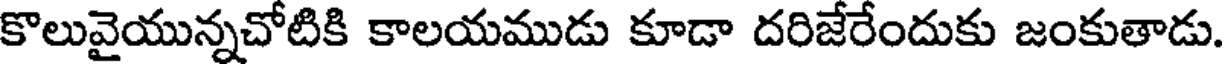
కొలువైయున్నచోటికి కాలయముడు కూడా దరిజేరేందుకు జంకుతాడు